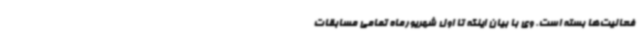
فعالیت‌ها بسته است. وی با بیان اینکه تا اول شهریورماه تمامی مسابقات